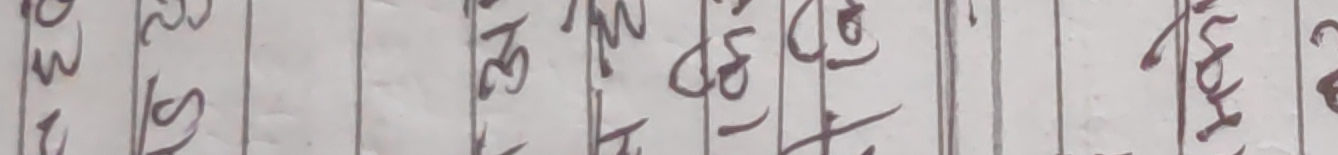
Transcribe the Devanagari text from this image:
श्रा ३९०